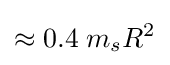
\approx 0.4\;m_{s}R^{2}